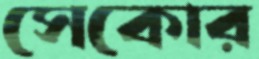
সেকোর